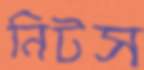
নিটস